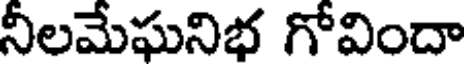
నీలమేఘనిభ గోవిందా